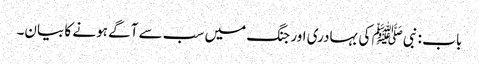
باب : نبیﷺ کی بہادری اور جنگ میں سب سے آگے ہونے کا بیان۔